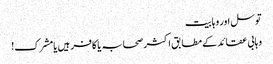
توسل اور وہابیت
وہابی عقائد کے مطابق اکثر صحابہ یا کافر ہیں یامشرک!